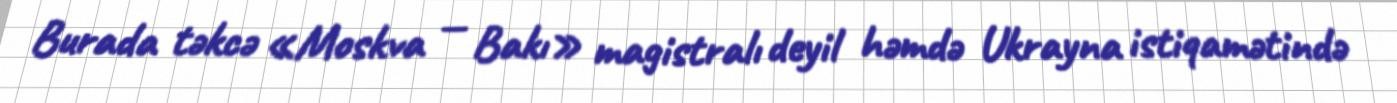
Burada təkcə «Moskva — Bakı» magistralı deyil həmdə Ukrayna istiqamətində